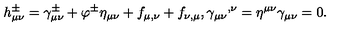
h _ { \mu \nu } ^ { \pm } = \gamma _ { \mu \nu } ^ { \pm } + \varphi ^ { \pm } \eta _ { \mu \nu } + f _ { \mu , \nu } + f _ { \nu , \mu } , { \gamma _ { \mu \nu } } ^ { , \nu } = \eta ^ { \mu \nu } \gamma _ { \mu \nu } = 0 .